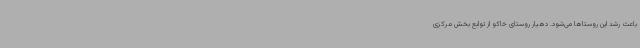
باعث رشد این روستاها می‌شود. دهیار روستای خاکو از توابع بخش مرکزی